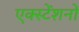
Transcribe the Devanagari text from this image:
एक्स्टेंशनों